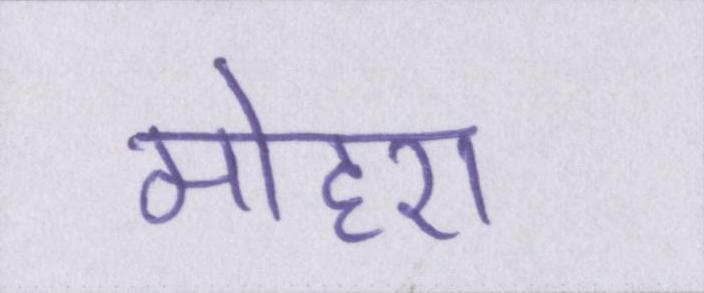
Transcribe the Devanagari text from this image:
मोहरा